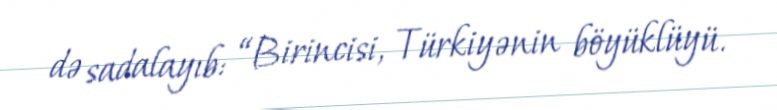
də sadalayıb: “Birincisi, Türkiyənin böyüklüyü.